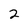
Character: 2